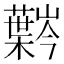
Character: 𫊍